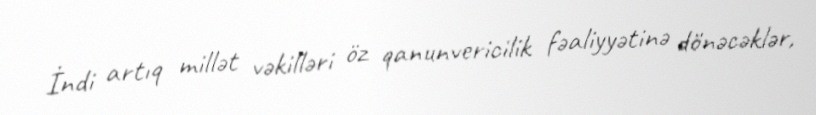
İndi artıq millət vəkilləri öz qanunvericilik fəaliyyətinə dönəcəklər,